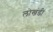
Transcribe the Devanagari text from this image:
लाेखंडी